Lunatic asylums in Bengal annual reports 1899-1911 - 1899-1911
Year: 1899
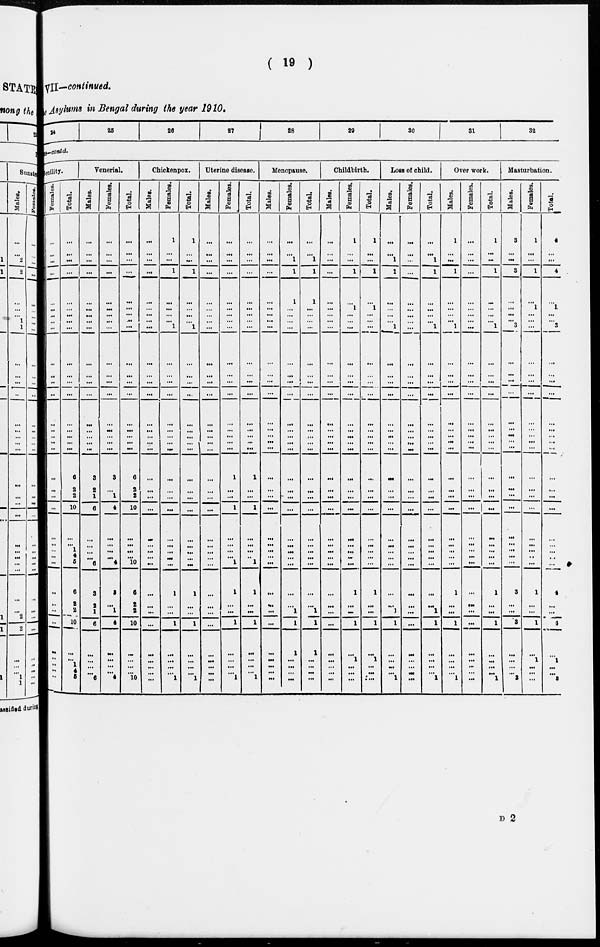
( 19 )
VII—continued.
e Asylums in Bengal during the year 1910.
24
25
28
27
28
29
30
31
32
s-contd.
enility.
Females.
...
...
...
...
...
...
...
...
...
...
...
...
...
...
...
...
...
...
...
...
...
...
...
...
...
...
...
...
...
...
...
...
...
...
...
...
Total.
...
...
...
...
...
...
...
...
...
...
...
...
...
...
...
...
...
...
6
2
2
10
...
...
1
4
6
6
2
2
10
...
...
1 4
5
Venerial.
Males.
...
...
...
...
...
...
...
...
...
...
...
...
...
...
...
...
...
...
3
2
1
6
...
...
...
...
6
3
2
1
6
...
...
...
...
6
Females.
...
...
...
...
...
...
...
...
...
...
...
...
...
...
...
...
...
...
3
...
1
4
...
...
...
...
4
3
...
1
4
...
...
...
...
4
Total.
...
...
...
...
...
...
...
...
...
...
...
...
...
...
...
...
...
6
2
2
10
...
...
...
...
10
6
2
2
10
...
...
...
...
10
Chickenpox.
Males.
...
...
...
...
...
...
...
...
...
...
...
...
...
...
...
...
...
...
...
...
...
...
...
...
...
...
...
...
...
...
...
...
...
...
...
...
Females.
1
...
...
1
...
...
...
... 1
...
...
...
...
...
...
...
...
...
...
...
...
...
...
...
...
...
...
1
...
...
1
...
...
...
...
1
Total.
1
...
...
1
...
...
...
... 1
...
...
...
...
...
...
...
...
...
...
...
...
...
...
...
...
...
...
1
...
...
1
...
...
...
...
1
Uterine disease.
Males.
...
...
...
...
...
...
...
...
...
...
...
...
...
...
...
...
...
...
...
...
...
...
...
...
...
...
...
...
...
...
...
...
...
...
...
...
Females.
...
...
...
...
...
...
...
...
...
...
...
...
...
...
...
...
...
...
1
...
...
1
...
...
...
...
1
1
...
...
1
...
...
...
...
1
Total.
...
...
...
...
...
...
...
...
...
...
...
...
...
...
...
...
...
...
1
...
...
1
...
...
...
...
1
1
...
...
1
...
...
...
...
1
Menopause.
Males.
...
...
...
...
...
...
...
...
...
...
...
...
...
...
...
...
...
...
...
...
...
...
...
...
...
...
...
...
...
...
...
...
...
...
...
...
Females.
...
...
1
1
1
...
...
...
...
...
...
...
...
...
...
...
...
...
...
...
...
...
...
...
...
...
...
...
...
1
1
1
...
...
...
...
Total.
...
...
1
1
1
...
...
...
...
...
...
...
...
...
...
...
...
...
...
...
...
...
...
...
...
...
...
...
...
1
1
1
...
...
...
...
Childbirth.
Males.
...
...
...
...
...
...
...
...
...
...
...
...
...
...
...
...
...
...
...
...
...
...
...
...
...
...
...
...
...
...
...
...
...
...
...
...
Females.
1
...
...
1
...
1
...
...
...
...
...
...
...
...
...
...
...
...
...
...
...
...
...
...
...
...
...
1
...
...
1
...
1
...
...
...
Total.
1
...
...
1
...
1
...
...
...
...
...
...
...
...
...
...
...
...
...
...
...
...
...
...
...
...
...
1
...
...
1
...
1
...
...
...
Loss of child.
Males.
...
...
1
1
...
...
...
... 1
...
...
...
...
...
...
...
...
...
...
...
...
...
...
...
...
...
...
...
...
1
1
...
...
...
...
1
Females.
...
...
...
...
...
...
...
...
...
...
...
...
...
...
...
...
...
...
...
...
...
...
...
...
...
...
...
...
...
...
...
...
...
...
...
...
Total.
...
...
1
1
...
...
...
... 1
...
...
...
...
...
...
...
...
...
...
...
...
...
...
...
...
...
...
...
...
1
1
...
...
...
...
1
Over work.
Males.
1
...
...
1
...
...
...
... 1
...
...
...
...
...
...
...
...
...
...
...
...
...
...
...
...
...
...
1
...
...
1
...
...
...
...
1
Females.
...
...
...
...
...
...
...
...
...
...
...
...
...
...
...
...
...
...
...
...
...
...
...
...
...
...
...
...
...
...
...
...
...
...
...
...
Total.
1
...
...
1
...
...
...
... 1
...
...
...
...
...
...
...
...
...
...
...
...
...
...
...
...
...
...
1
...
...
1
...
...
...
...
1
Masturbation.
Males.
3
...
...
3
...
...
...
... 3
...
...
...
...
...
...
...
...
...
...
...
...
...
...
...
...
...
...
3
...
...
3
...
...
...
...
3
Females.
1
...
...
1
...
1
...
...
...
...
...
...
...
...
...
...
...
...
...
...
...
...
...
...
...
...
...
1
...
...
1
...
1
...
...
...
Total.
4
...
...
4
...
1
...
... 3
...
...
...
...
...
...
...
...
...
...
...
...
...
...
...
...
...
...
4
...
...
4
...
1
...
...
3
D 2